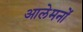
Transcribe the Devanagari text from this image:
आलेमनों